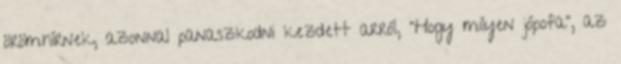
örömhírnek, azonnal panaszkodni kezdett arról, “Hogy milyen jópofa”, az